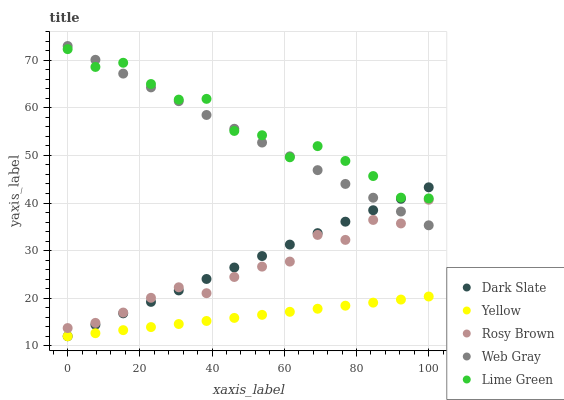
| xaxis_label | Dark Slate | Yellow | Rosy Brown | Web Gray | Lime Green |
 | --- | --- | --- | --- | --- | --- |
 | 0 | 12 | 12 | 13.7 | 73 | 72.3 |
 | 7.69 | 14.4 | 12.6 | 14.8 | 70.1 | 68.6 |
 | 15.4 | 16.8 | 13.3 | 17 | 67.2 | 69.5 |
 | 23.1 | 19.2 | 13.9 | 20.1 | 64.3 | 65 |
 | 30.8 | 21.6 | 14.6 | 22.3 | 61.4 | 61.7 |
 | 38.5 | 24 | 15.2 | 21 | 58.5 | 61.9 |
 | 46.2 | 26.4 | 15.9 | 24.5 | 55.6 | 55.2 |
 | 53.8 | 28.9 | 16.5 | 26.6 | 52.7 | 54.2 |
 | 61.5 | 31.3 | 17.1 | 27.7 | 49.8 | 49.6 |
 | 69.2 | 33.7 | 17.8 | 33.3 | 46.9 | 52 |
 | 76.9 | 36.1 | 18.4 | 32.3 | 44 | 48.8 |
 | 84.6 | 38.5 | 19.1 | 36.4 | 41.1 | 45.7 |
 | 92.3 | 40.9 | 19.7 | 35.7 | 38.2 | 41.1 |
 | 100 | 43.3 | 20.4 | 40.7 | 35.3 | 41 |